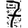
Digit: 7